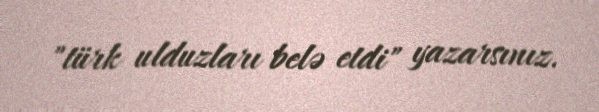
"türk ulduzları belə etdi" yazarsınız.